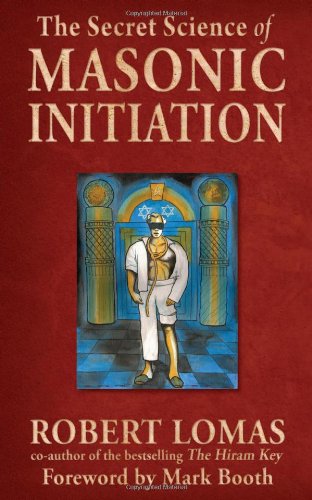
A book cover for Secret Science of Masonic Initiation, The; Robert Lomas; Religion & Spirituality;